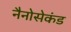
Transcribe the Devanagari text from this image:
नैनोसेकंड